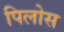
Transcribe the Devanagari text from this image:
पिलोस